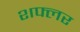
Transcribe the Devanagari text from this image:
शफ्लर